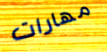
مهارات